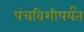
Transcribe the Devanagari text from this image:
पंचविशीपर्यंत